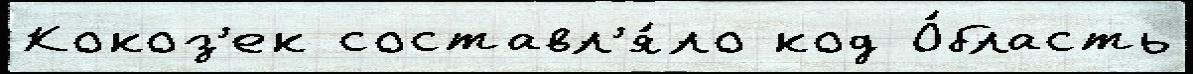
Кокоз'ек составл'я́ло код О́бласть